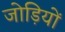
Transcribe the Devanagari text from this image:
जोड़ियों